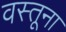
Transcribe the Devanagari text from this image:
वस्तूना